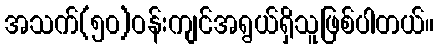
အသက်(၅၀)ဝန်းကျင်အရွယ်ရှိသူဖြစ်ပါတယ်။